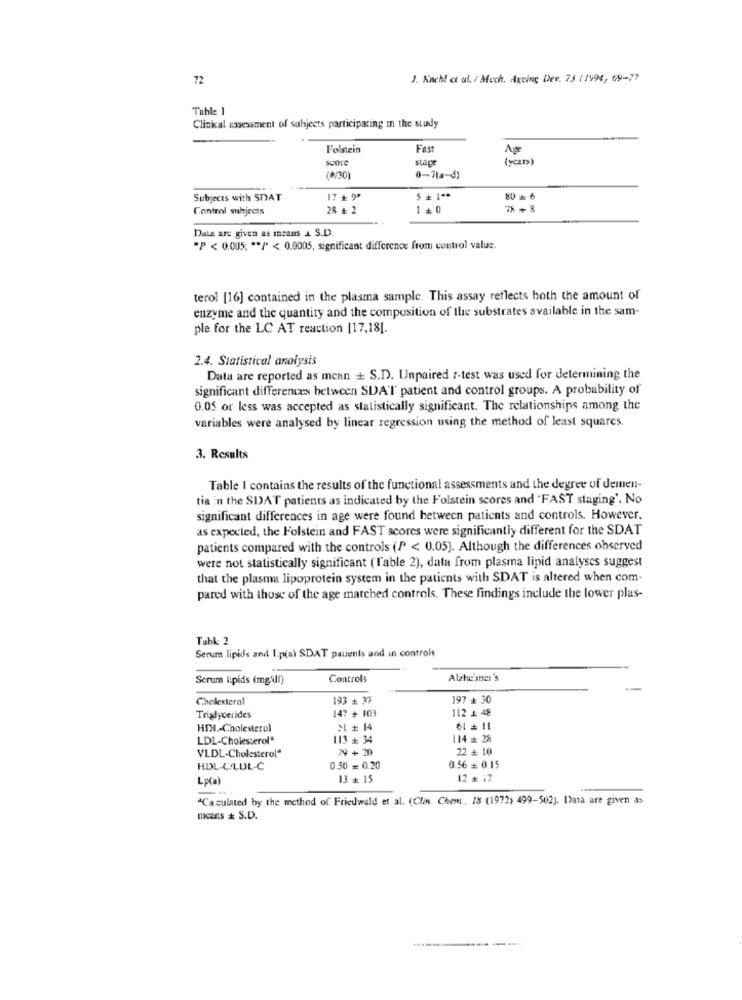
72
J. Knchl et al. / Much. Ageing Der. 73 ( 1996, 69 -??
Table 1
Clinical assessment of subjects participating in the study
Folstein
Fast
Age
stage
(years)
(*/30)
0-7(a-d)
Subjects with SNAT
17₺ "*
80 - 6
Control suhjects
28 + 2
1+0
Data are given as means & S.D.
"P < 0.005; ** /" < 0.0005, significant difference from control value.
terol [16] contained in the plasma sample. This assay reflects both the amount of
enzyme and the quantity and the composition of the substrates available in the sam-
ple for the LC AT reaction [17,181.
2.4. Statistical analysis
Data are reported as mcan + S.D. Unpaired t-test was used for determining the
significant differences between SDA'T patient and control groups. A probability of
0.05 or less was accepted as statistically significant. The relationships among the
variables were analysed by linear regression using the method of least squares.
3. Results
Table I contains the results of the functional assessments and the degree of deinen-
tia in the SDAT patients as indicated by the Holstein scores and 'FAST staging'. No
significant differences in age were found hetween patients and controls. However.
as expected, the Holstein and FAST scores were significantly different for the SDAT
patients compared with the controls (P < 0.05). Although the differences observed
were not statistically significant (Table 2), data from plasma lipid analyses suggest
that the plasma lipoprotein system in the patients with SDAT is altered when com.
pared with those of the age marched controls. These findings include the lower plas-
Table 2
Serum lipids and I.p(a) SDAT patients and in controls
Serum lipids (mg/l)
Controls
Alzheimer's
Cholesterol
193 + 37
197 + 30
147 + 103
112 1 48
Triglycerides
HDMI .- Cholesterol
*1 + 14
LDL-Cholesterol"
113 + 34
114 # 28
VLDL-Cholesterolª
29 + 20
22 + 10
HDL-C/LDL-C
0.50 = 0.20
0.56 + 0.15
LE(a)
13 + 15
12 + 17
"Cazulated by the method of Friedwald et al. (Clin. Chem ., 18 (1972) 499-502). I>ata are given as
mcans = S.D.